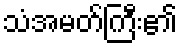
သံအမတ်ကြီး၏